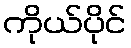
ကိုယ်ပိုင်